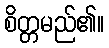
စိတ္တမည်၏။